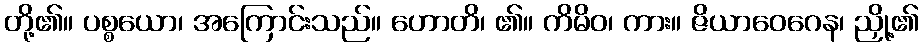
တို့၏။ ပစ္စယော၊ အကြောင်းသည်။ ဟောတိ၊ ၏။ ကိမိဝ၊ ကား။ ဇိယာဝေဂေန၊ ညှို့၏